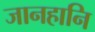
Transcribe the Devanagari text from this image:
जानहानि